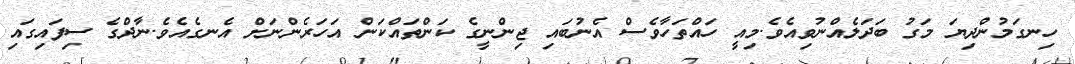
ހިނގަމުންދިޔަ މަގު ބަދަލެއްނުވިއެވެ.މިއީ ހައްތަހާވެސް އެނުބައި ޖިންނީގެ ކަންތައްކަން އަހަރެންނަށް އެނގެއެވެ.ނާދްގެ ސިފައިގައި